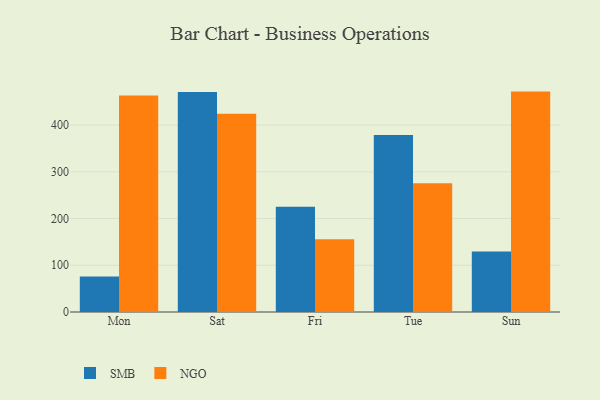
{"axis": {"x": "Day", "y": "LTV (USD)"}, "legend": ["NGO", "SMB"], "data": [{"x": "Mon", "y": 75.8, "type": "SMB"}, {"x": "Mon", "y": 463.6, "type": "NGO"}, {"x": "Sat", "y": 470.7, "type": "SMB"}, {"x": "Sat", "y": 424.3, "type": "NGO"}, {"x": "Fri", "y": 225.4, "type": "SMB"}, {"x": "Fri", "y": 155.8, "type": "NGO"}, {"x": "Tue", "y": 378.9, "type": "SMB"}, {"x": "Tue", "y": 275.8, "type": "NGO"}, {"x": "Sun", "y": 129.7, "type": "SMB"}, {"x": "Sun", "y": 471.7, "type": "NGO"}]}